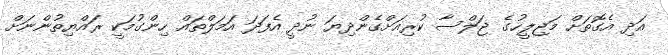
އަދި އެގޮތަށް މަޖިލީހުގެ ޖަލްސާ ކުރިއަށްގެންދިޔަ ނުދީ އެފަދަ އަމަލްތައް ހިންގުމަކީ ރައްޔިތުންނަށް